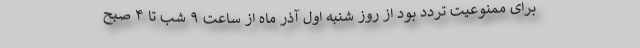
برای ممنوعیت تردد بود از روز شنبه اول آذر ماه از ساعت ۹ شب تا ۴ صبح